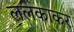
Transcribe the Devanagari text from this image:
ललकाकर